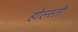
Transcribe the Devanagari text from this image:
होल्स्ती